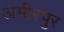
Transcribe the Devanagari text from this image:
अमीरपुर